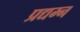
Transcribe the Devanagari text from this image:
प्रद्यम्न